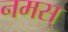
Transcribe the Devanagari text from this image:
नमस्‌